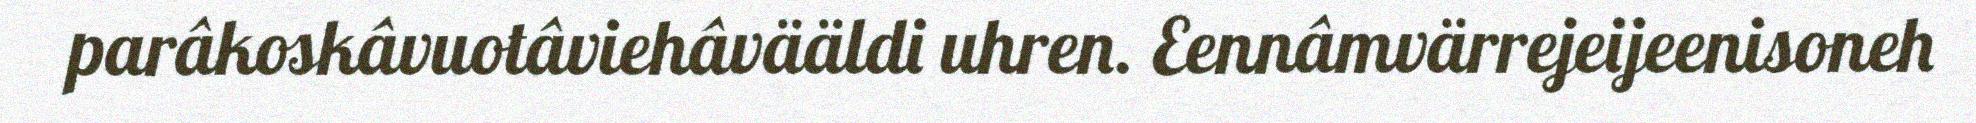
parâkoskâvuotâviehâvääldi uhren. Eennâmvärrejeijeenisoneh